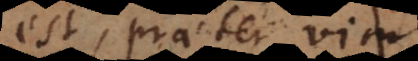
est, praeter vim